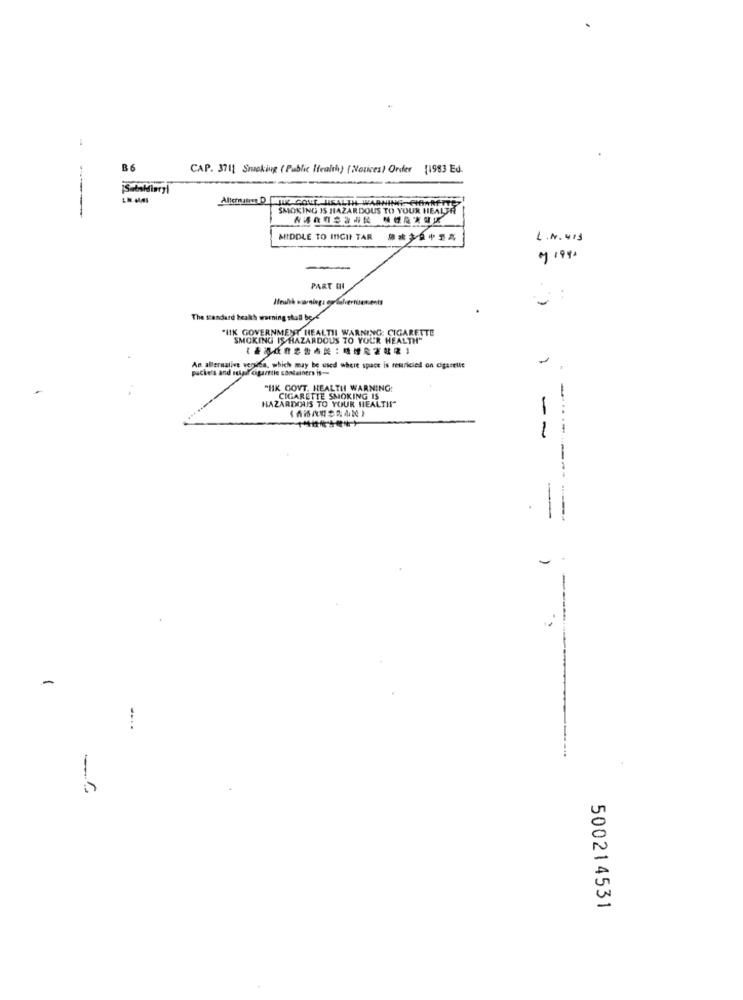
B6
CAP. 3711 Smoking ( Public Health) ( Notices) Order 11983 Ed.
------
SMOKING IS HAZARDOUS TO YOUR HEALTH
Ve
MIDDLE TO INICII TAR ## 39+34
L. N. 4IS
PART CHI
..
The stand
The standard health warning shall be -<
"IIK GOVERNMENT HEALTIL WARNING: CIGARETTE
SMOKING IS HAZARDOUS TO YOUR HEALTH"
An alternative verwiea, which may be used where space is retriciel on cigarelle
pacte's and super cigaretle containers is --
"HK GOVT. HEALTH WARNING:
CIGARETTE SMOKING IS
HAZARDOUS TO YOUR HEALTH"
-
-
500214531